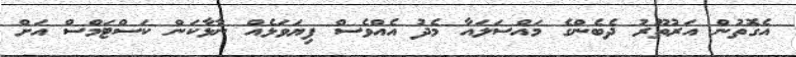
އެގޮތުން އަރުތޫރު ދެބެންގެ މައްސަލައާ މެދު އެއްވެސް ފިޔަވަޅެއް ނާޅާކަން ކަސްޓަމްސް އަށް